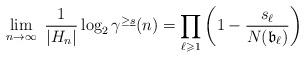
LaTeX: \begin{align*}\lim_{n\to\infty} \ \frac{1}{|H_n|} \log_2 \gamma^{\geq \underline{s}}(n)=\prod\limits_{\ell\geqslant1}\left(1-\frac{s_\ell}{N(\mathfrak{b}_\ell)}\right)\end{align*}